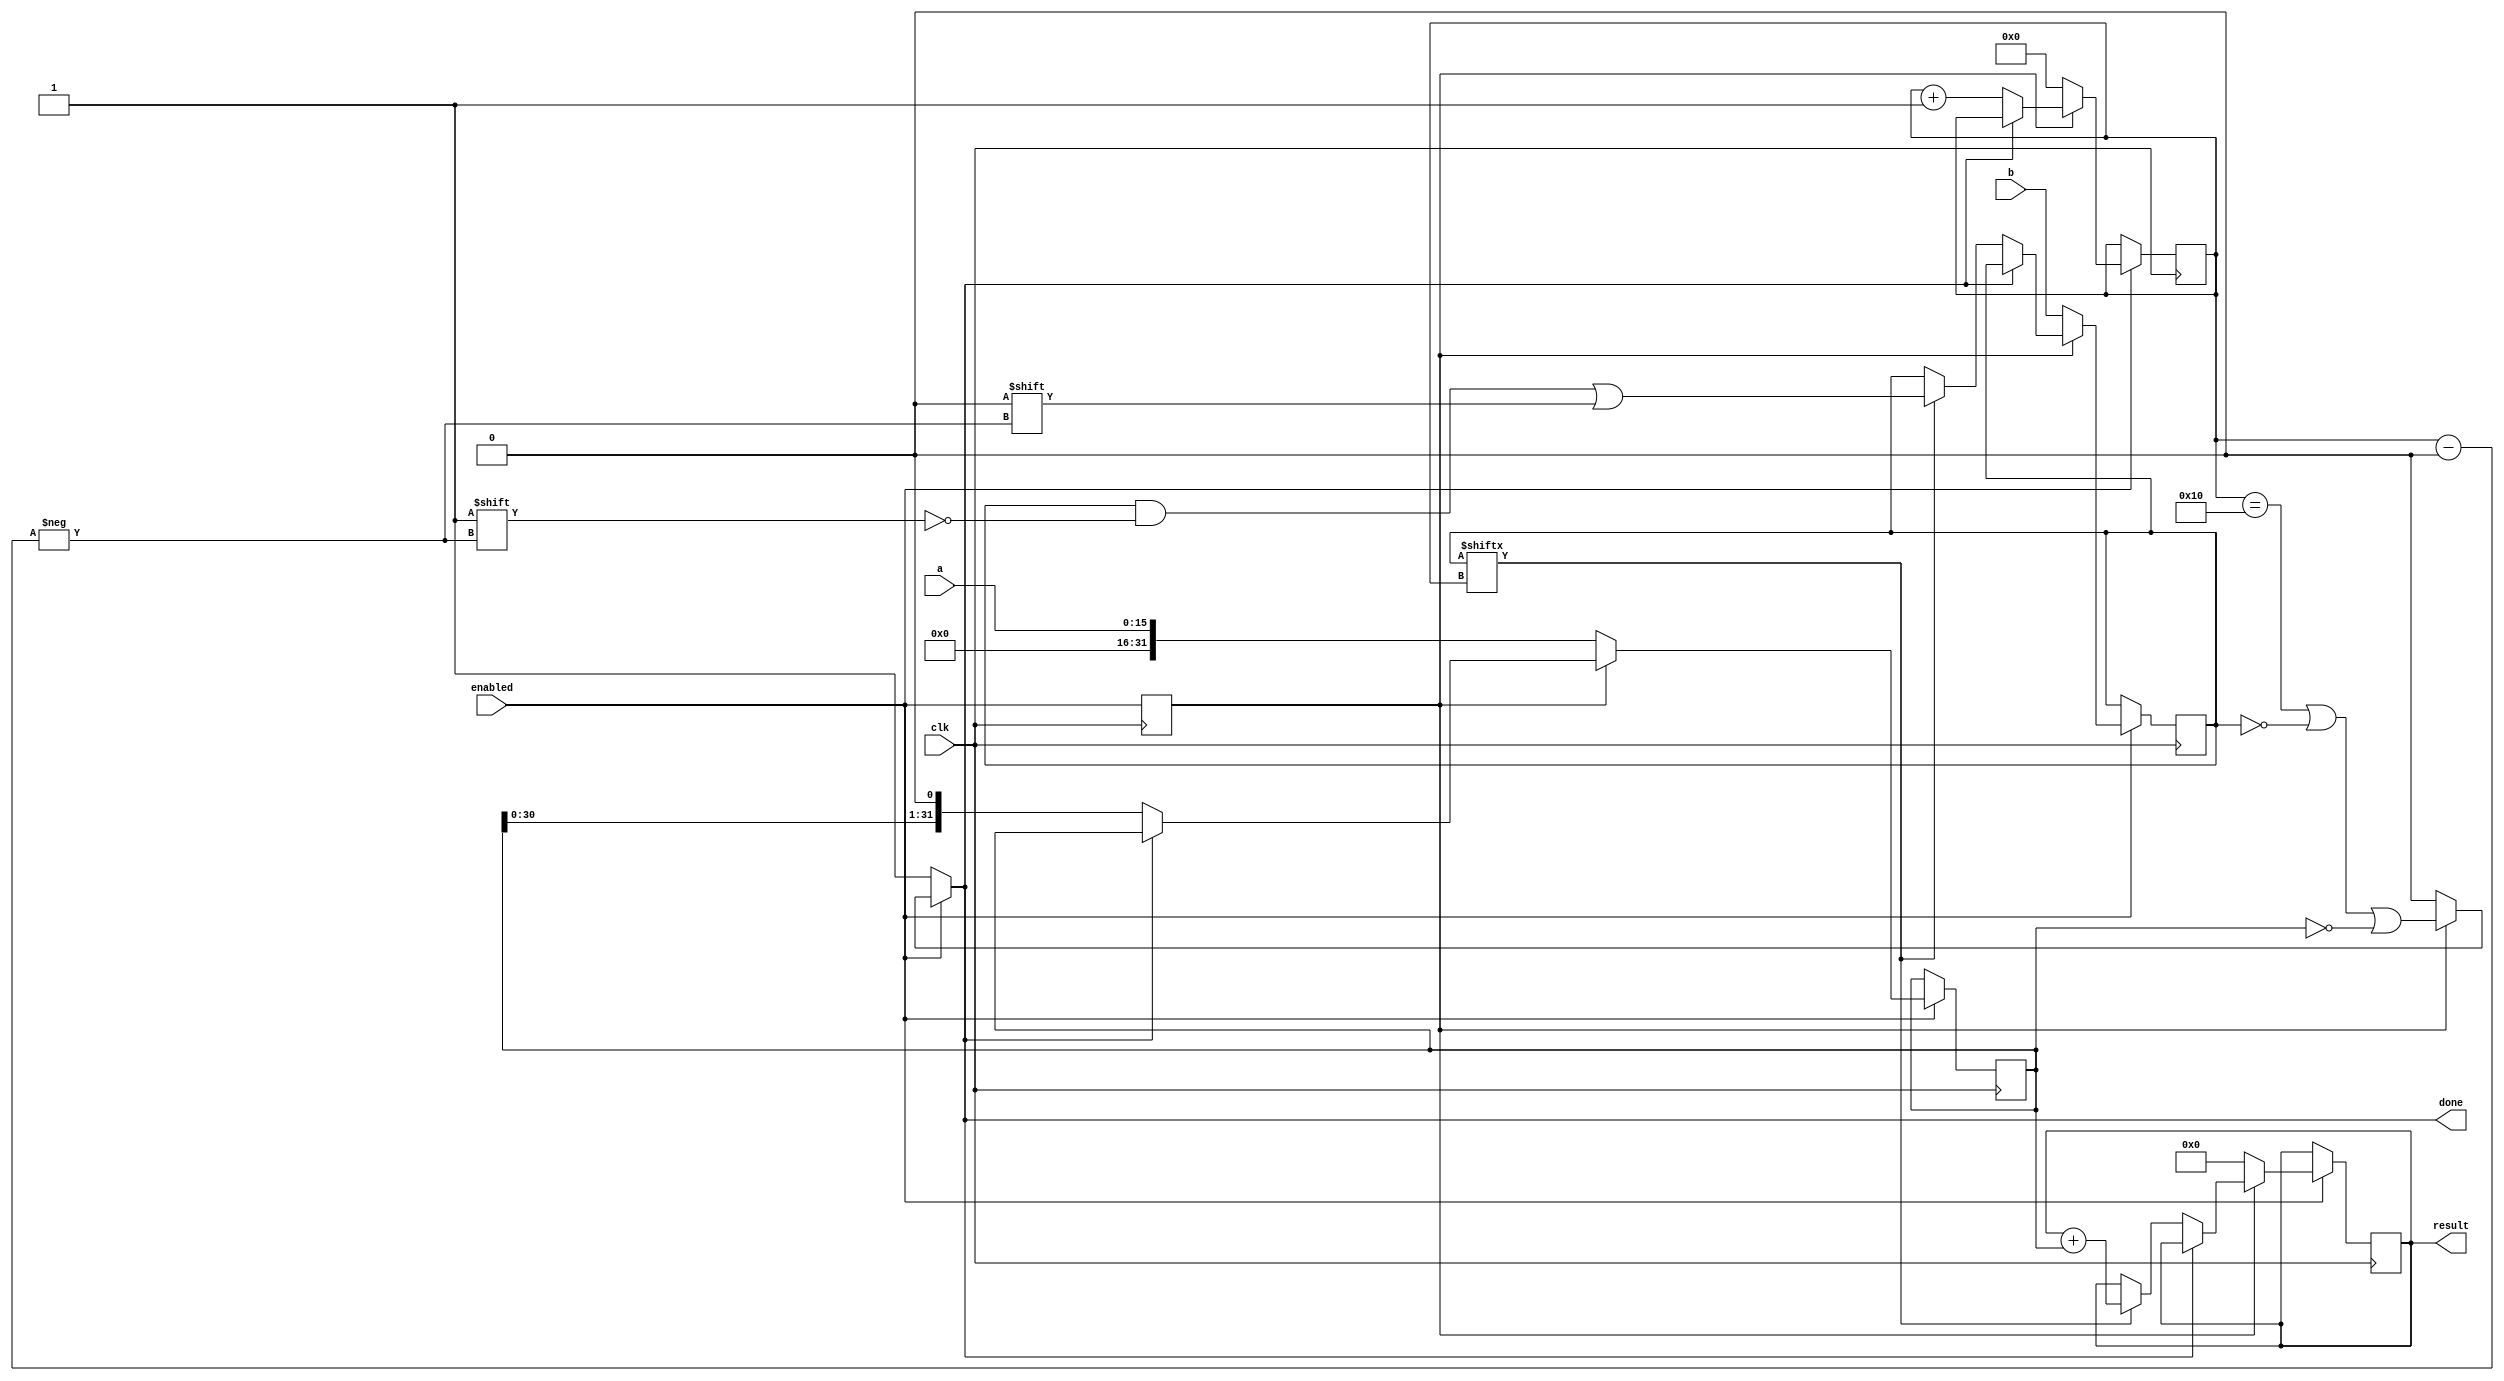
`timescale 1ns / 1ps


module multiplier#(parameter bits=15)(
    input clk,
    input enabled,
    input [bits:0] a, 
    input [bits:0] b, 
    output reg[bits*2+1:0] result = 0,
    output done
);

    reg last_cycle_enabled = 0;
    
    reg[bits:0] multiplier = 0;
    reg[bits*2+1:0] multiplicand_intermediate;
    reg[7:0] bit = 0;
    
    /*
        Always not done for the first enabled cycle
    */
    assign done = enabled ? (~last_cycle_enabled ? 0 : (bit == (bits+1)) || !multiplier || !multiplicand_intermediate) : 1;

    always@(posedge clk) begin
        last_cycle_enabled <= enabled;
            
        if (enabled) begin
            if (~last_cycle_enabled) begin
                multiplicand_intermediate <= a;
                multiplier <= b;
                bit <= 0;
                result <= 0;
                
            end else if (~done) begin
                if (multiplier[bit] == 1) begin
                    result <= result + multiplicand_intermediate;
                    multiplier[bit] <= 0;
                end
                
                multiplicand_intermediate <= multiplicand_intermediate << 1;
                bit <= bit + 1;
            end
        end    
    end
endmodule